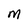
Character: M